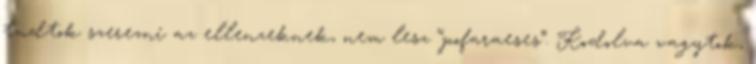
tudtok szerezni az ellenzeknek, nem lesz “pofaraeses”. Kodolva vagytok,